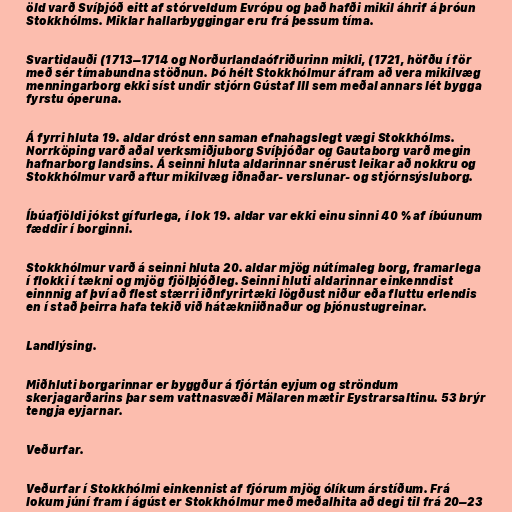
öld varð Svíþjóð eitt af stórveldum Evrópu og það hafði mikil áhrif á þróun
Stokkhólms. Miklar hallarbyggingar eru frá þessum tíma.

Svartidauði (1713–1714 og Norðurlandaófriðurinn mikli, (1721, höfðu í för
með sér tímabundna stöðnun. Þó hélt Stokkhólmur áfram að vera mikilvæg
menningarborg ekki síst undir stjórn Gústaf III sem meðal annars lét bygga
fyrstu óperuna.

Á fyrri hluta 19. aldar dróst enn saman efnahagslegt vægi Stokkhólms.
Norrköping varð aðal verksmiðjuborg Svíþjóðar og Gautaborg varð megin
hafnarborg landsins. Á seinni hluta aldarinnar snérust leikar að nokkru og
Stokkhólmur varð aftur mikilvæg iðnaðar- verslunar- og stjórnsýsluborg.

Íbúafjöldi jókst gífurlega, í lok 19. aldar var ekki einu sinni 40 % af íbúunum
fæddir í borginni.

Stokkhólmur varð á seinni hluta 20. aldar mjög nútímaleg borg, framarlega
í flokki í tækni og mjög fjölþjóðleg. Seinni hluti aldarinnar einkenndist
einnnig af því að flest stærri iðnfyrirtæki lögðust niður eða fluttu erlendis
en í stað þeirra hafa tekið við hátækniiðnaður og þjónustugreinar.

Landlýsing.

Miðhluti borgarinnar er byggður á fjórtán eyjum og ströndum
skerjagarðarins þar sem vattnasvæði Mälaren mætir Eystrarsaltinu. 53 brýr
tengja eyjarnar.

Veðurfar.

Veðurfar í Stokkhólmi einkennist af fjórum mjög ólíkum árstíðum. Frá
lokum júní fram í ágúst er Stokkhólmur með meðalhita að degi til frá 20–23